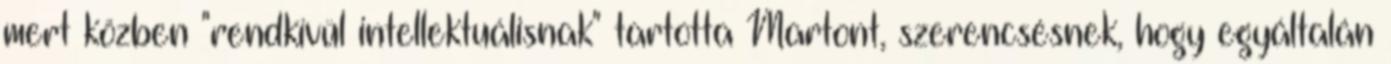
mert közben "rendkívül intellektuálisnak" tartotta Martont, szerencsésnek, hogy egyáltalán